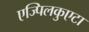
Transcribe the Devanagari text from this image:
एज्पिलकुएटा